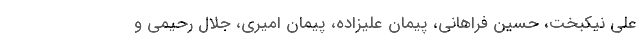
علی نیکبخت، حسین فراهانی، پیمان علیزاده، پیمان امیری، جلال رحیمی و